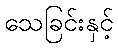
သေခြင်းနှင့်